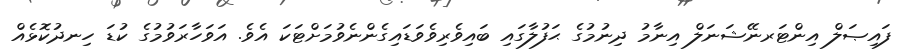
ފައިޞަލް އިންޓަރނޭޝަނަލް އިނާމު ދިނުމުގެ ޙަފުލާގައި ބައިވެރިވެވަޑައިގެންނެވުމަށްޓަކަ އެވެ. އަވަހާރަވުމުގެ ކުޑަ ހިނދުކޮޅެއް